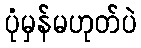
ပုံမှန်မဟုတ်ပဲ